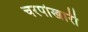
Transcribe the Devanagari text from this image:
चरपोखारी